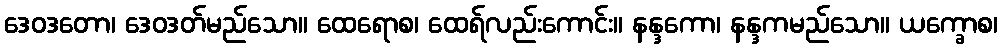
ဒေဝဒတော၊ ဒေဝဒတ်မည်သော။ ထေရောစ၊ ထေရ်လည်းကောင်း။ နန္ဒကော၊ နန္ဒကမည်သော။ ယက္ခောစ၊